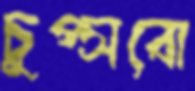
চুপ্‌সবো